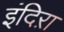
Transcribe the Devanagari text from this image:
इंदिऱा